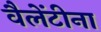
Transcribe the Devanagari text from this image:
वैलेंटीना